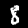
Digit: 8